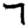
Digit: 7